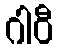
ဂါဝီ